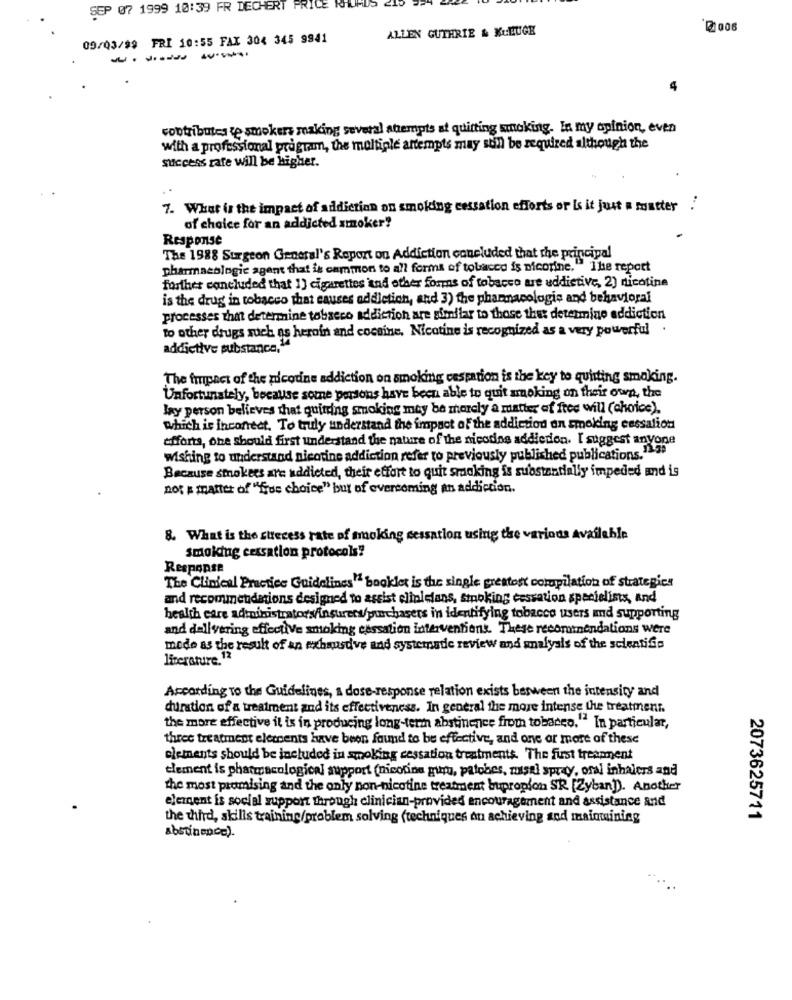
SEP 07 1999 10:39 FR DECHERT PRICE RHOADS
ALLEN GUTHRIE & KURUGE
09/03/99 FRI 10:55 FAX 304 345 9941
------
contributes te smokers making several attempts at quitting smoking. In my opinion, even
with a professional program, the multiple attempts may sun be required although the
success rate will be higher.
7. What is the impact of addiction on smoking cessation efforts or Is it just # matter .
of choice for an addicted smoker?
Response
The 1988 Surgeon General's Report on Addiction concluded that the principal
pharmacologic agent that is cammon to all forms of tobacco is nicotine. The report
further concluded that 1] cigarettes and other forms of tobacco are addictive, 2) nicotine
is the drug in tobacco that causes addiction, and 3) the pharmacologie and behavioral
processes that determine tobacco addiction are similar to those that determine addiction
to other drugs such as heroin and cocaine, Nicotine is recognized as a very powerful .
addictive substance,"
The tripact of the zucodine addiction on smoking cessation is the key to quitting smaking.
Unfortunately, because some persons have been able to quit smoking on their own, the
Jay person believes that quiting smoking may be merely a matter of free will (choice).
Which is incorrect. To truly understand the impact of the addiction on smoking cessation
efforts, che should first understand the nature of the nicodns addiction. I suggest anyone
wishing to understand nicotine addiction refer to previously published publications.1239
Because strokees are addicted, their effort to quit smoking is substantially impeded and is
not & matter of "fue choice" but of evercoming an addiction.
8. What is the strecess rate of smoking cessation using the various available
smoking cessation protocols!
Response
The Clinical Practice Guidelines" booklet is the single greatest corapilation of strategies
and recommendations designed to assist clinicians, smoking cessation specialists, and
health care administrators/insurers/purchasers in identifying tobacco users amd supporting
and dallvering effective smoking cessation interventions. These recommendations were
mede as the result of an exhausdve and systematic review and smalyals of the scientific
literature. 12
According to the Guidelines, a dose-response relation exists between the intensity and
duration of a treatment and its effectiveness. In general the more intense the treatment.
the more effective it is in producing long-term abstinence from tobacco. "" In particular,
three treatment elements have been found to be effective, and one or more of these
elements should be included in smoking cessation treatments. The fust treanment
element is pharmacological support (nicotine guru, palobes, misel spray, oral inhalers and
the most promising and the only non-nicotine treatment bupropion SR (Zyban). Another
element is social support through clinician-provided encouragement and assistance and
the third, skills training/problem solving (techniques on achieving and maintaining
2073625711
abstinence).